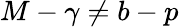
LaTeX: M-\gamma\neq b-p